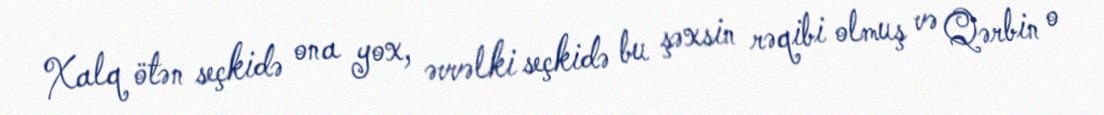
Xalq ötən seçkidə ona yox, əvvəlki seçkidə bu şəxsin rəqibi olmuş və Qərbin o